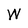
Character: W